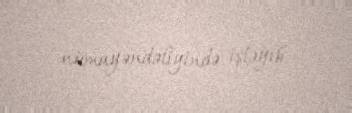
nümayəndəliyində işləyib.